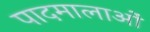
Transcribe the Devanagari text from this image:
पादमालाओं